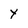
Character: Y